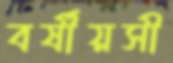
বর্ষীয়সী